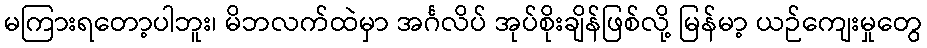
မကြားရတော့ပါဘူး၊ မိဘလက်ထဲမှာ အင်္ဂလိပ် အုပ်စိုးချိန်ဖြစ်လို့ မြန်မာ့ ယဉ်ကျေးမှုတွေ